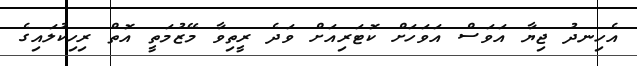
އެހިނދު ޖިޔާ އަވަސް އަވަހަށް ކޮޓަރިއަށް ވަދެ ރީތިވާ މޭޒުމަތީ އޮތް ރިހިކުލައިގެ